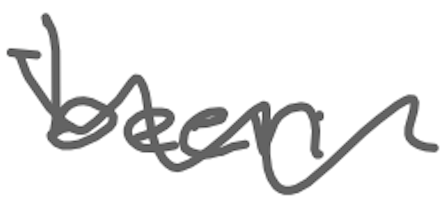
Text: been
Cross-out: wave
Writing tool: digital_gray